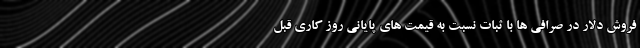
فروش دلار در صرافی ها با ثبات نسبت به قیمت های پایانی روز کاری قبل